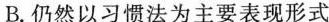
B.仍然以习惯法为主要表现形式